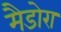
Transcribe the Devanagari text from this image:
मैडोरा